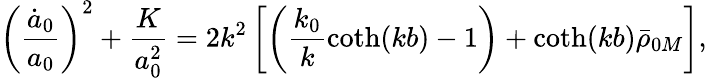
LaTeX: \left(\frac{\dot{a}_{0}}{a_{0}}\right)^{2}+\frac{K}{a_{0}^{2}}=2k^{2}\left[\left(\frac{k_{0}}{k}\mathrm{coth}(kb)-1\right)+\mathrm{coth}(kb)\bar{\rho}_{0M}\right],